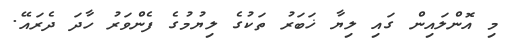
މި އޮންލައިން ގައި ލިޔާ ޚަބަރު ތަކުގެ ލިޔުމުގެ ފެންވަރު ހާދަ ދެރައޭ.